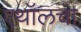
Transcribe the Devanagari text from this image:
एथॉलचा